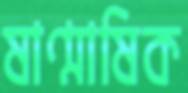
ষাণ্মাষিক